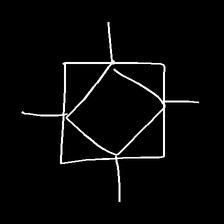
Glyph: light